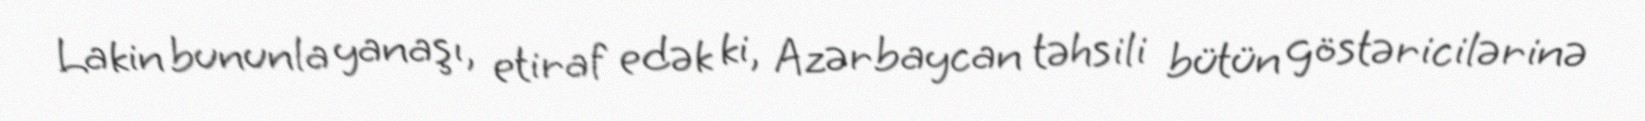
Lakin bununla yanaşı, etiraf edək ki, Azərbaycan təhsili bütün göstəricilərinə